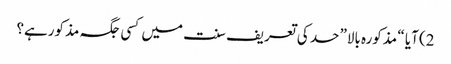
2) آیا “ مذکورہ بالا” حد کی تعریف سنت میں کسی جگہ مذکورہے؟